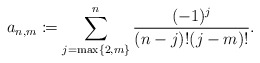
\begin{align*} a_{n,m}\coloneqq\sum_{j=\max\{2,m\}}^n\frac{(-1)^j}{(n-j)!(j-m)!}.\end{align*}